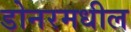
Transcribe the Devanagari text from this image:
डोनरमधील